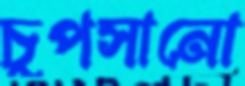
চুপসানো